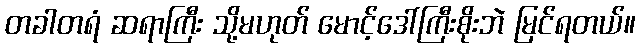
တခါတရံ ဆရာကြီး သို့မဟုတ် မောင့်ဒေါ်ကြီးစိုးဘဲ မြင်ရတယ်။